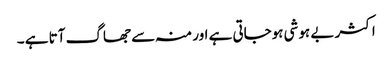
اکثر بے ہوشی ہوجاتی ہے اور منہ سے جھاگ آتا ہے ۔